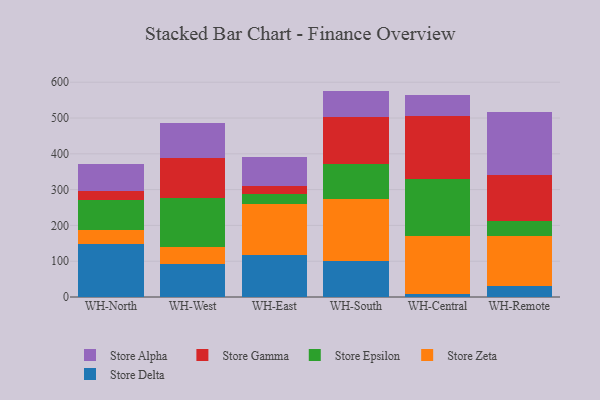
{"axis": {"x": "Warehouse", "y": "Revenue (USD Million)"}, "legend": ["Store Alpha", "Store Delta", "Store Epsilon", "Store Gamma", "Store Zeta"], "data": [{"x": "WH-North", "y": 148.0, "type": "Store Delta"}, {"x": "WH-North", "y": 39.2, "type": "Store Zeta"}, {"x": "WH-North", "y": 84.4, "type": "Store Epsilon"}, {"x": "WH-North", "y": 25.8, "type": "Store Gamma"}, {"x": "WH-North", "y": 75.2, "type": "Store Alpha"}, {"x": "WH-West", "y": 91.0, "type": "Store Delta"}, {"x": "WH-West", "y": 47.5, "type": "Store Zeta"}, {"x": "WH-West", "y": 139.0, "type": "Store Epsilon"}, {"x": "WH-West", "y": 112.2, "type": "Store Gamma"}, {"x": "WH-West", "y": 97.6, "type": "Store Alpha"}, {"x": "WH-East", "y": 117.6, "type": "Store Delta"}, {"x": "WH-East", "y": 141.9, "type": "Store Zeta"}, {"x": "WH-East", "y": 28.3, "type": "Store Epsilon"}, {"x": "WH-East", "y": 22.7, "type": "Store Gamma"}, {"x": "WH-East", "y": 80.7, "type": "Store Alpha"}, {"x": "WH-South", "y": 101.1, "type": "Store Delta"}, {"x": "WH-South", "y": 173.0, "type": "Store Zeta"}, {"x": "WH-South", "y": 98.2, "type": "Store Epsilon"}, {"x": "WH-South", "y": 132.0, "type": "Store Gamma"}, {"x": "WH-South", "y": 71.7, "type": "Store Alpha"}, {"x": "WH-Central", "y": 8.7, "type": "Store Delta"}, {"x": "WH-Central", "y": 161.7, "type": "Store Zeta"}, {"x": "WH-Central", "y": 160.4, "type": "Store Epsilon"}, {"x": "WH-Central", "y": 173.9, "type": "Store Gamma"}, {"x": "WH-Central", "y": 61.0, "type": "Store Alpha"}, {"x": "WH-Remote", "y": 31.1, "type": "Store Delta"}, {"x": "WH-Remote", "y": 139.4, "type": "Store Zeta"}, {"x": "WH-Remote", "y": 40.7, "type": "Store Epsilon"}, {"x": "WH-Remote", "y": 129.8, "type": "Store Gamma"}, {"x": "WH-Remote", "y": 175.4, "type": "Store Alpha"}]}